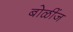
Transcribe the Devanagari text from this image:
बोळींज